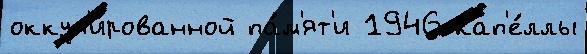
оккуп'и́рованной па́м'ят'и 1946 кап'е́ллы